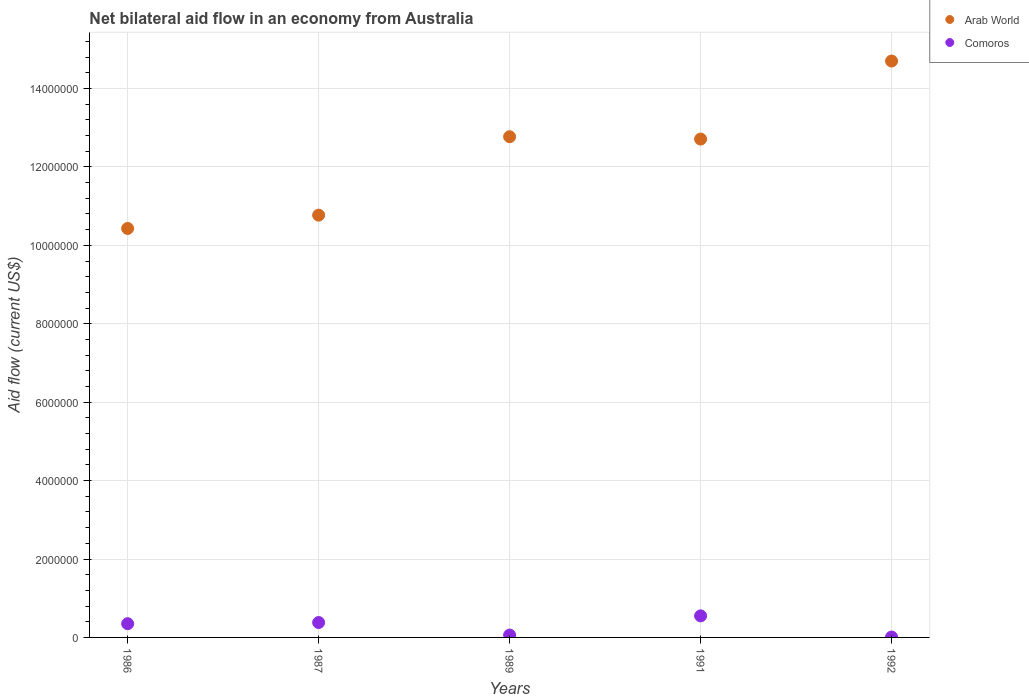
| Years | Arab World | Comoros |
 | --- | --- | --- |
 | 1986 | 1.04e+07 | 3.5e+05 |
 | 1987 | 1.08e+07 | 3.8e+05 |
 | 1989 | 1.28e+07 | 6e+04 |
 | 1991 | 1.27e+07 | 5.5e+05 |
 | 1992 | 1.47e+07 | 1e+04 |